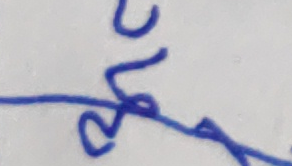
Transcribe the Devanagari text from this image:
२०७